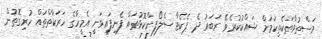
މަސްތުވާތަކެތިކަމަށް ޝައްކުކުރެވޭ ރަބަރު ދެ ޕެކެޓާ ސެލޯފިންކޮޅުތައް ފެނިފައިވަނީ އެމީހާގެ ހަރަކާތްތައް ހުރިގޮތުން